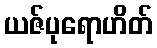
ယဇ်ပုရောဟိတ်